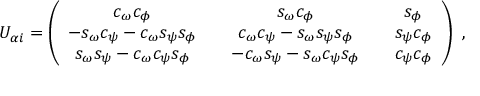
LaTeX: U _ { \alpha i } = \left( \begin{array} { c c c c c } { { c _ { \omega } c _ { \phi } } } & { { } } & { { s _ { \omega } c _ { \phi } } } & { { } } & { { s _ { \phi } } } \\ { { - s _ { \omega } c _ { \psi } - c _ { \omega } s _ { \psi } s _ { \phi } } } & { { } } & { { c _ { \omega } c _ { \psi } - s _ { \omega } s _ { \psi } s _ { \phi } } } & { { } } & { { s _ { \psi } c _ { \phi } } } \\ { { s _ { \omega } s _ { \psi } - c _ { \omega } c _ { \psi } s _ { \phi } } } & { { } } & { { - c _ { \omega } s _ { \psi } - s _ { \omega } c _ { \psi } s _ { \phi } } } & { { } } & { { c _ { \psi } c _ { \phi } } } \end{array} \right) \ ,